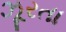
ઝૂરતા